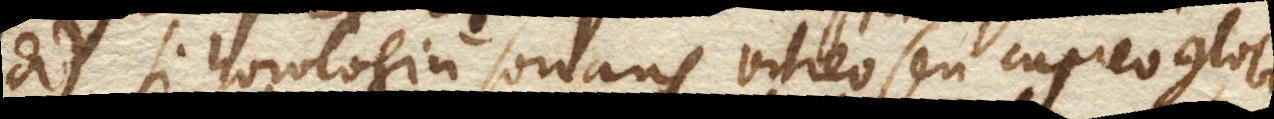
si horologium sonans vitreo seu cupreo globo